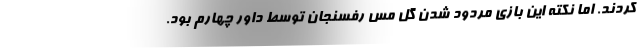
کردند. اما نکته این بازی مردود شدن گل مس رفسنجان توسط داور چهارم بود.